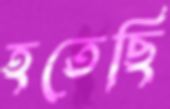
হতেছি